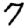
Digit: 7